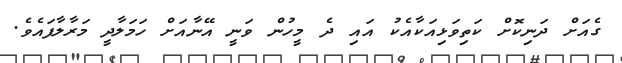
ގެއަށް ދަނިކޮށް ކަތިވަޅިއަކާއެކު އައި ދެ މީހުން ވަނީ އޭނާއަށް ހަމަލާދީ މަރާލާފައެވެ.